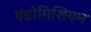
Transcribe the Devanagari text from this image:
एंडोमिशियम